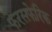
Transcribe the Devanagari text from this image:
फेरसफेरिक